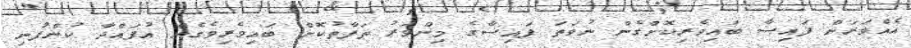
އެއްވަރަށް ފައިސާ ބައިވެރިކޮށްގެން ނުވަތަ ފައިސާގެ މިންވަރު ތަފާތުކޮށް ބައިވެރިވެގެން އުފައްދާ ކުންފުނި